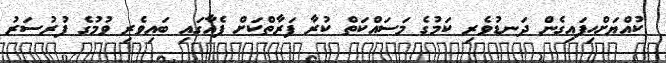
ކުއްޔަށްހިފައިގެން ދަނޑުވެރި ކަމުގެ މަސައްކަތް ކުރާ ފަރާތްކަށް ފެއާގައި ބައިވެރި ވުމުގެ ފުރުސަރު